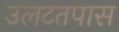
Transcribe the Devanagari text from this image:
उलटतपास